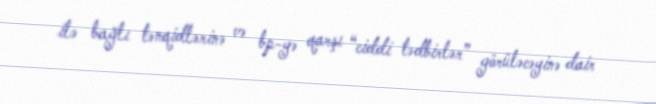
ilə bağlı tənqidlərinə və bp-yə qarşı “ciddi tədbirlər” görüləcəyinə dair